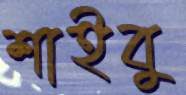
শাইবু